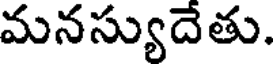
మనస్యుదేతు.